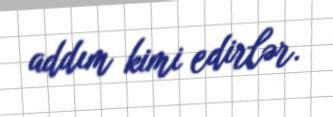
addım kimi edirlər.